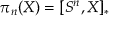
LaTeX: \pi _ { n } ( X ) = [ S ^ { n } , X ] _ { * }